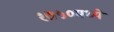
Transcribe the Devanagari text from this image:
१७५०मध्ये